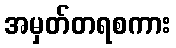
အမှတ်တရစကား